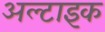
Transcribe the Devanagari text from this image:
अल्टाइक